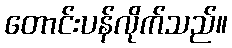
တောင်းပန်လိုက်သည်။